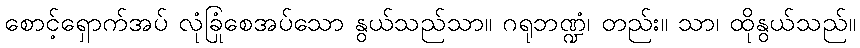
စောင့်ရှောက်အပ် လုံခြုံစေအပ်သော နွယ်သည်သာ။ ဂရုဘဏ္ဍံ၊ တည်း။ သာ၊ ထိုနွယ်သည်။